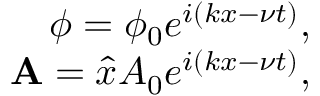
\begin{array} { r } { \phi = \phi _ { 0 } e ^ { i \left( k x - \nu t \right) } , } \\ { \mathbf { A } = \hat { x } A _ { 0 } e ^ { i \left( k x - \nu t \right) } , } \end{array}